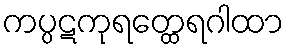
ကပ္ပဋကုရတ္ထေရဂါထာ